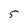
Character: 5